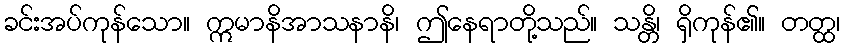
ခင်းအပ်ကုန်သော။ ဣမာနိအာသနာနိ၊ ဤနေရာတို့သည်။ သန္တိ၊ ရှိကုန်၏။ တတ္ထ၊